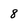
Character: 8